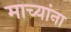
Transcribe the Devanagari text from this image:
माच्यांना